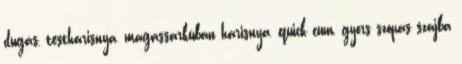
dugás, testharisnya, magassarkúban harisnya, quick cum, gyors szopas szajba